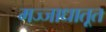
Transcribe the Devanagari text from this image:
मज्जाधातूत